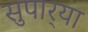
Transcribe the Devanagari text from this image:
सुपार्‍या